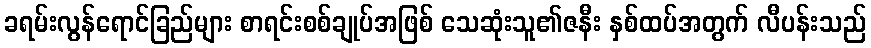
ခရမ်းလွန်ရောင်ခြည်များ စာရင်းစစ်ချုပ်အဖြစ် သေဆုံးသူ၏ဇနီး နှစ်ထပ်အတွက် လီပန်းသည်